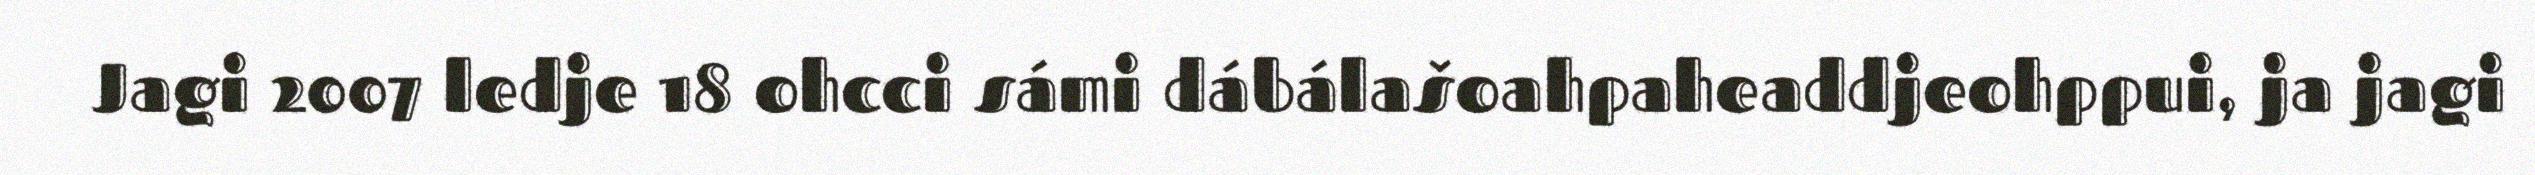
Jagi 2007 ledje 18 ohcci sámi dábálašoahpaheaddjeohppui, ja jagi